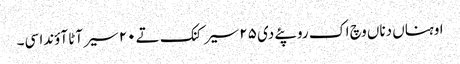
اوہناں دناں وچ اک روپئے دی ٢٥ سیر کنک تے ٢٠ سیر آٹا آؤندا سی۔